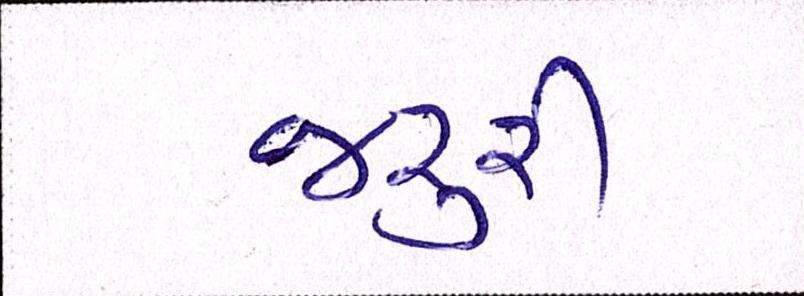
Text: જરૃરી